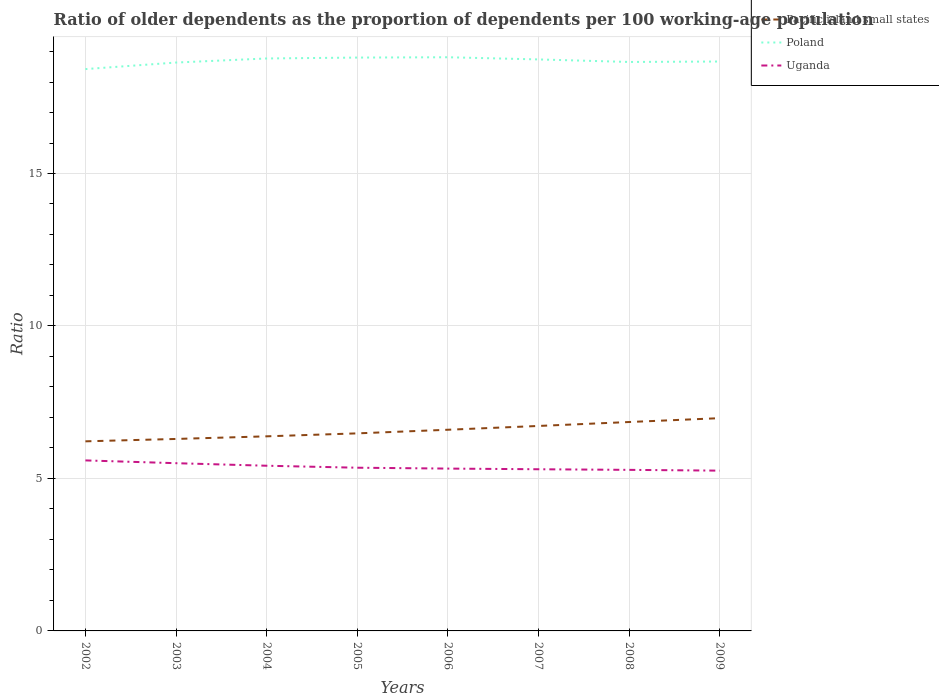
| Years | Pacific island small states | Poland | Uganda |
 | --- | --- | --- | --- |
 | 2002 | 6.22 | 18.4 | 5.59 |
 | 2003 | 6.3 | 18.6 | 5.5 |
 | 2004 | 6.38 | 18.8 | 5.42 |
 | 2005 | 6.48 | 18.8 | 5.35 |
 | 2006 | 6.6 | 18.8 | 5.32 |
 | 2007 | 6.72 | 18.7 | 5.3 |
 | 2008 | 6.85 | 18.7 | 5.28 |
 | 2009 | 6.98 | 18.7 | 5.26 |